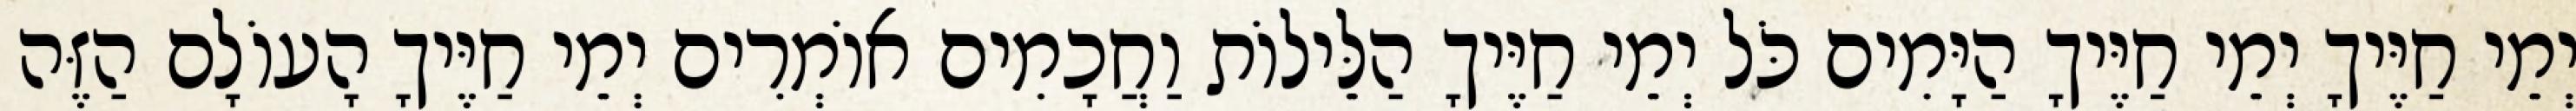
יְמֵי חַיֶּיךָ יְמֵי חַיֶּיךָ הַיָּמִים כֹּל יְמֵי חַיֶּיךָ הַלֵּילוֹת וַחֲכָמִים אוֹמְרִים יְמֵי חַיֶּיךָ הָעוֹלָם הַזֶּה